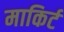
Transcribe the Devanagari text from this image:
माकिर्ट